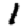
Digit: 1